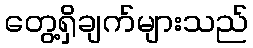
တွေ့ရှိချက်များသည်